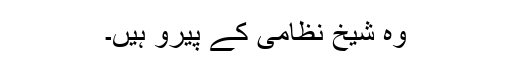
وہ شیخ نظامی کے پَیرَو ہیں۔